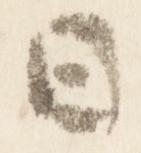
日